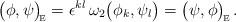
LaTeX: \begin{align*}{\big(\phi,\psi\big)}_{\!\mbox{\tiny E}} = \epsilon^{kl}\, \omega_2\big(\phi_k,\psi_l\big) = {\big(\psi,\phi\big)}_{\!\mbox{\tiny E}}\,.\end{align*}